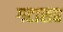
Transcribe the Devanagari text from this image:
गटासह